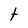
Character: t